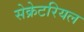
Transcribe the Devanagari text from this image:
सेक्रेटरियल